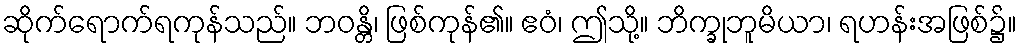
ဆိုက်ရောက်ရကုန်သည်။ ဘဝန္တိ၊ ဖြစ်ကုန်၏။ ဧဝံ၊ ဤသို့။ ဘိက္ခုဘူမိယာ၊ ရဟန်းအဖြစ်၌။